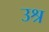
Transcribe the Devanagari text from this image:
उश्र